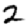
Digit: 2